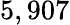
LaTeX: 5,907